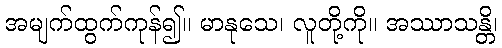
အမျက်ထွက်ကုန်၍။ မာနုသေ၊ လူတို့ကို။ အဿာသန္တိ၊